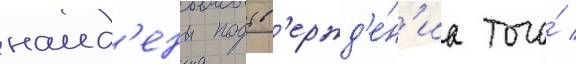
наид'ены подтв'ержд'е́н'иа того́ /